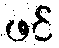
ဖင်